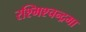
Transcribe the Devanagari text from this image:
रश्मिश्चन्द्रमा